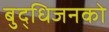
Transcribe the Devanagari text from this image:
बुद्धिजनको